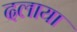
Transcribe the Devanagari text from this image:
दलाया